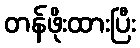
တန်ဖိုးထားပြီး